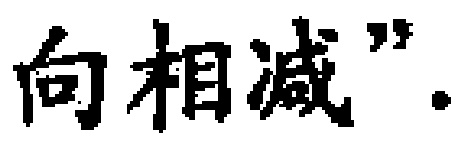
向相减” .